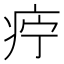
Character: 𰣩